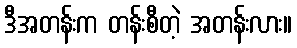
ဒီအတန်းက တန်းစီတဲ့ အတန်းလား။